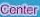
Center